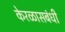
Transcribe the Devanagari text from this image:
केरळासबंधी